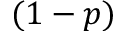
( 1 - p )